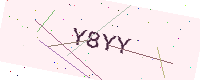
Text: Y8YY